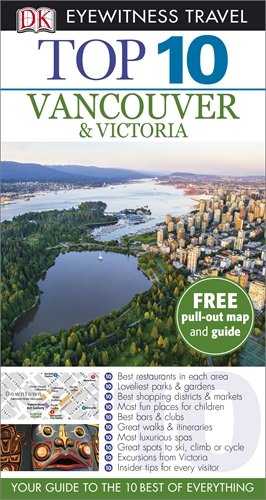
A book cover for DK Eyewitness Top 10 Travel Guide: Vancouver & Victoria; Constance Brissenden; Travel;